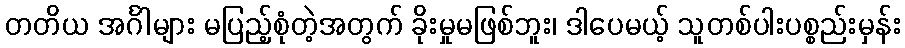
တတိယ အင်္ဂါများ မပြည့်စုံတဲ့အတွက် ခိုးမှုမဖြစ်ဘူး၊ ဒါပေမယ့် သူတစ်ပါးပစ္စည်းမှန်း